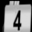
Digit: 4